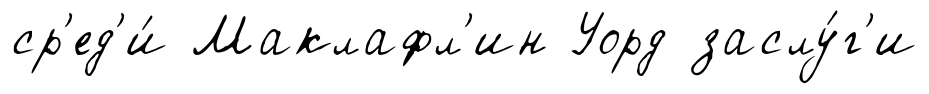
ср'ед'и́ Маклафл'ин Уорд заслу́г'и